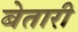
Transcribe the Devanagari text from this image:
बेतारी